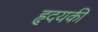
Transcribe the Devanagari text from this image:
हृदयकी